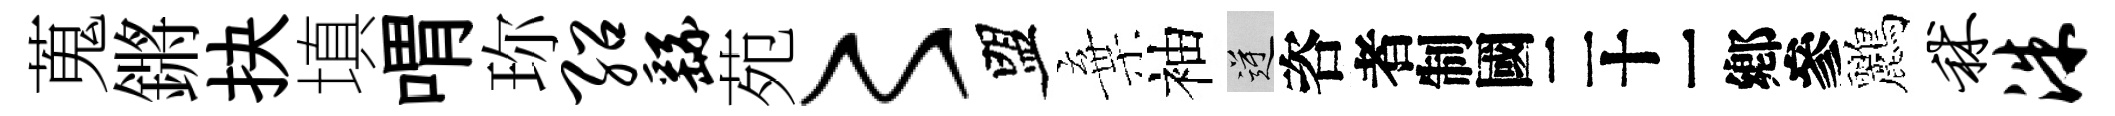
蒐鏘抉填喟珎绍繇苑〻盟棄袖逆咨识鸝秫洙